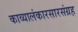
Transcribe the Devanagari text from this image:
काव्यालंकारसारसंग्रह